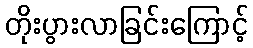
တိုးပွားလာခြင်းကြောင့်